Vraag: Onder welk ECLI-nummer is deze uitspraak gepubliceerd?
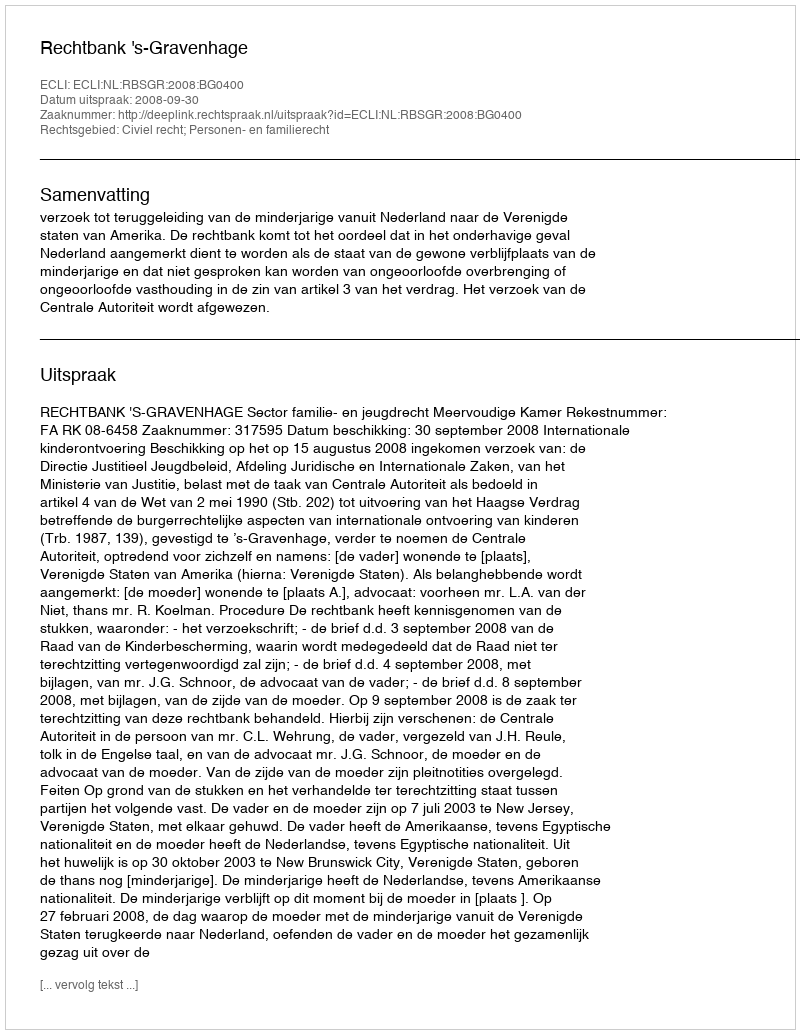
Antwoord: ECLI:NL:RBSGR:2008:BG0400